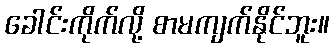
ခေါင်းကိုက်လို့ စာမကျက်နိုင်ဘူး။